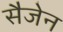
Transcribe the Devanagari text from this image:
सैजेन